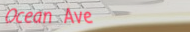
Ocean Ave